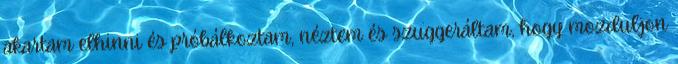
akartam elhinni és próbálkoztam, néztem és szuggeráltam, hogy mozduljon